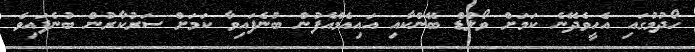
ހޯދުމުގައި އެހީވެދޭނެ ކަމަށް ވޯލްޑް ބޭންކާއި އައިއެމްއެފުން ބުނެފައިވާ ކަމަށް ސަރުކާރުން ބުނެފައިވެ